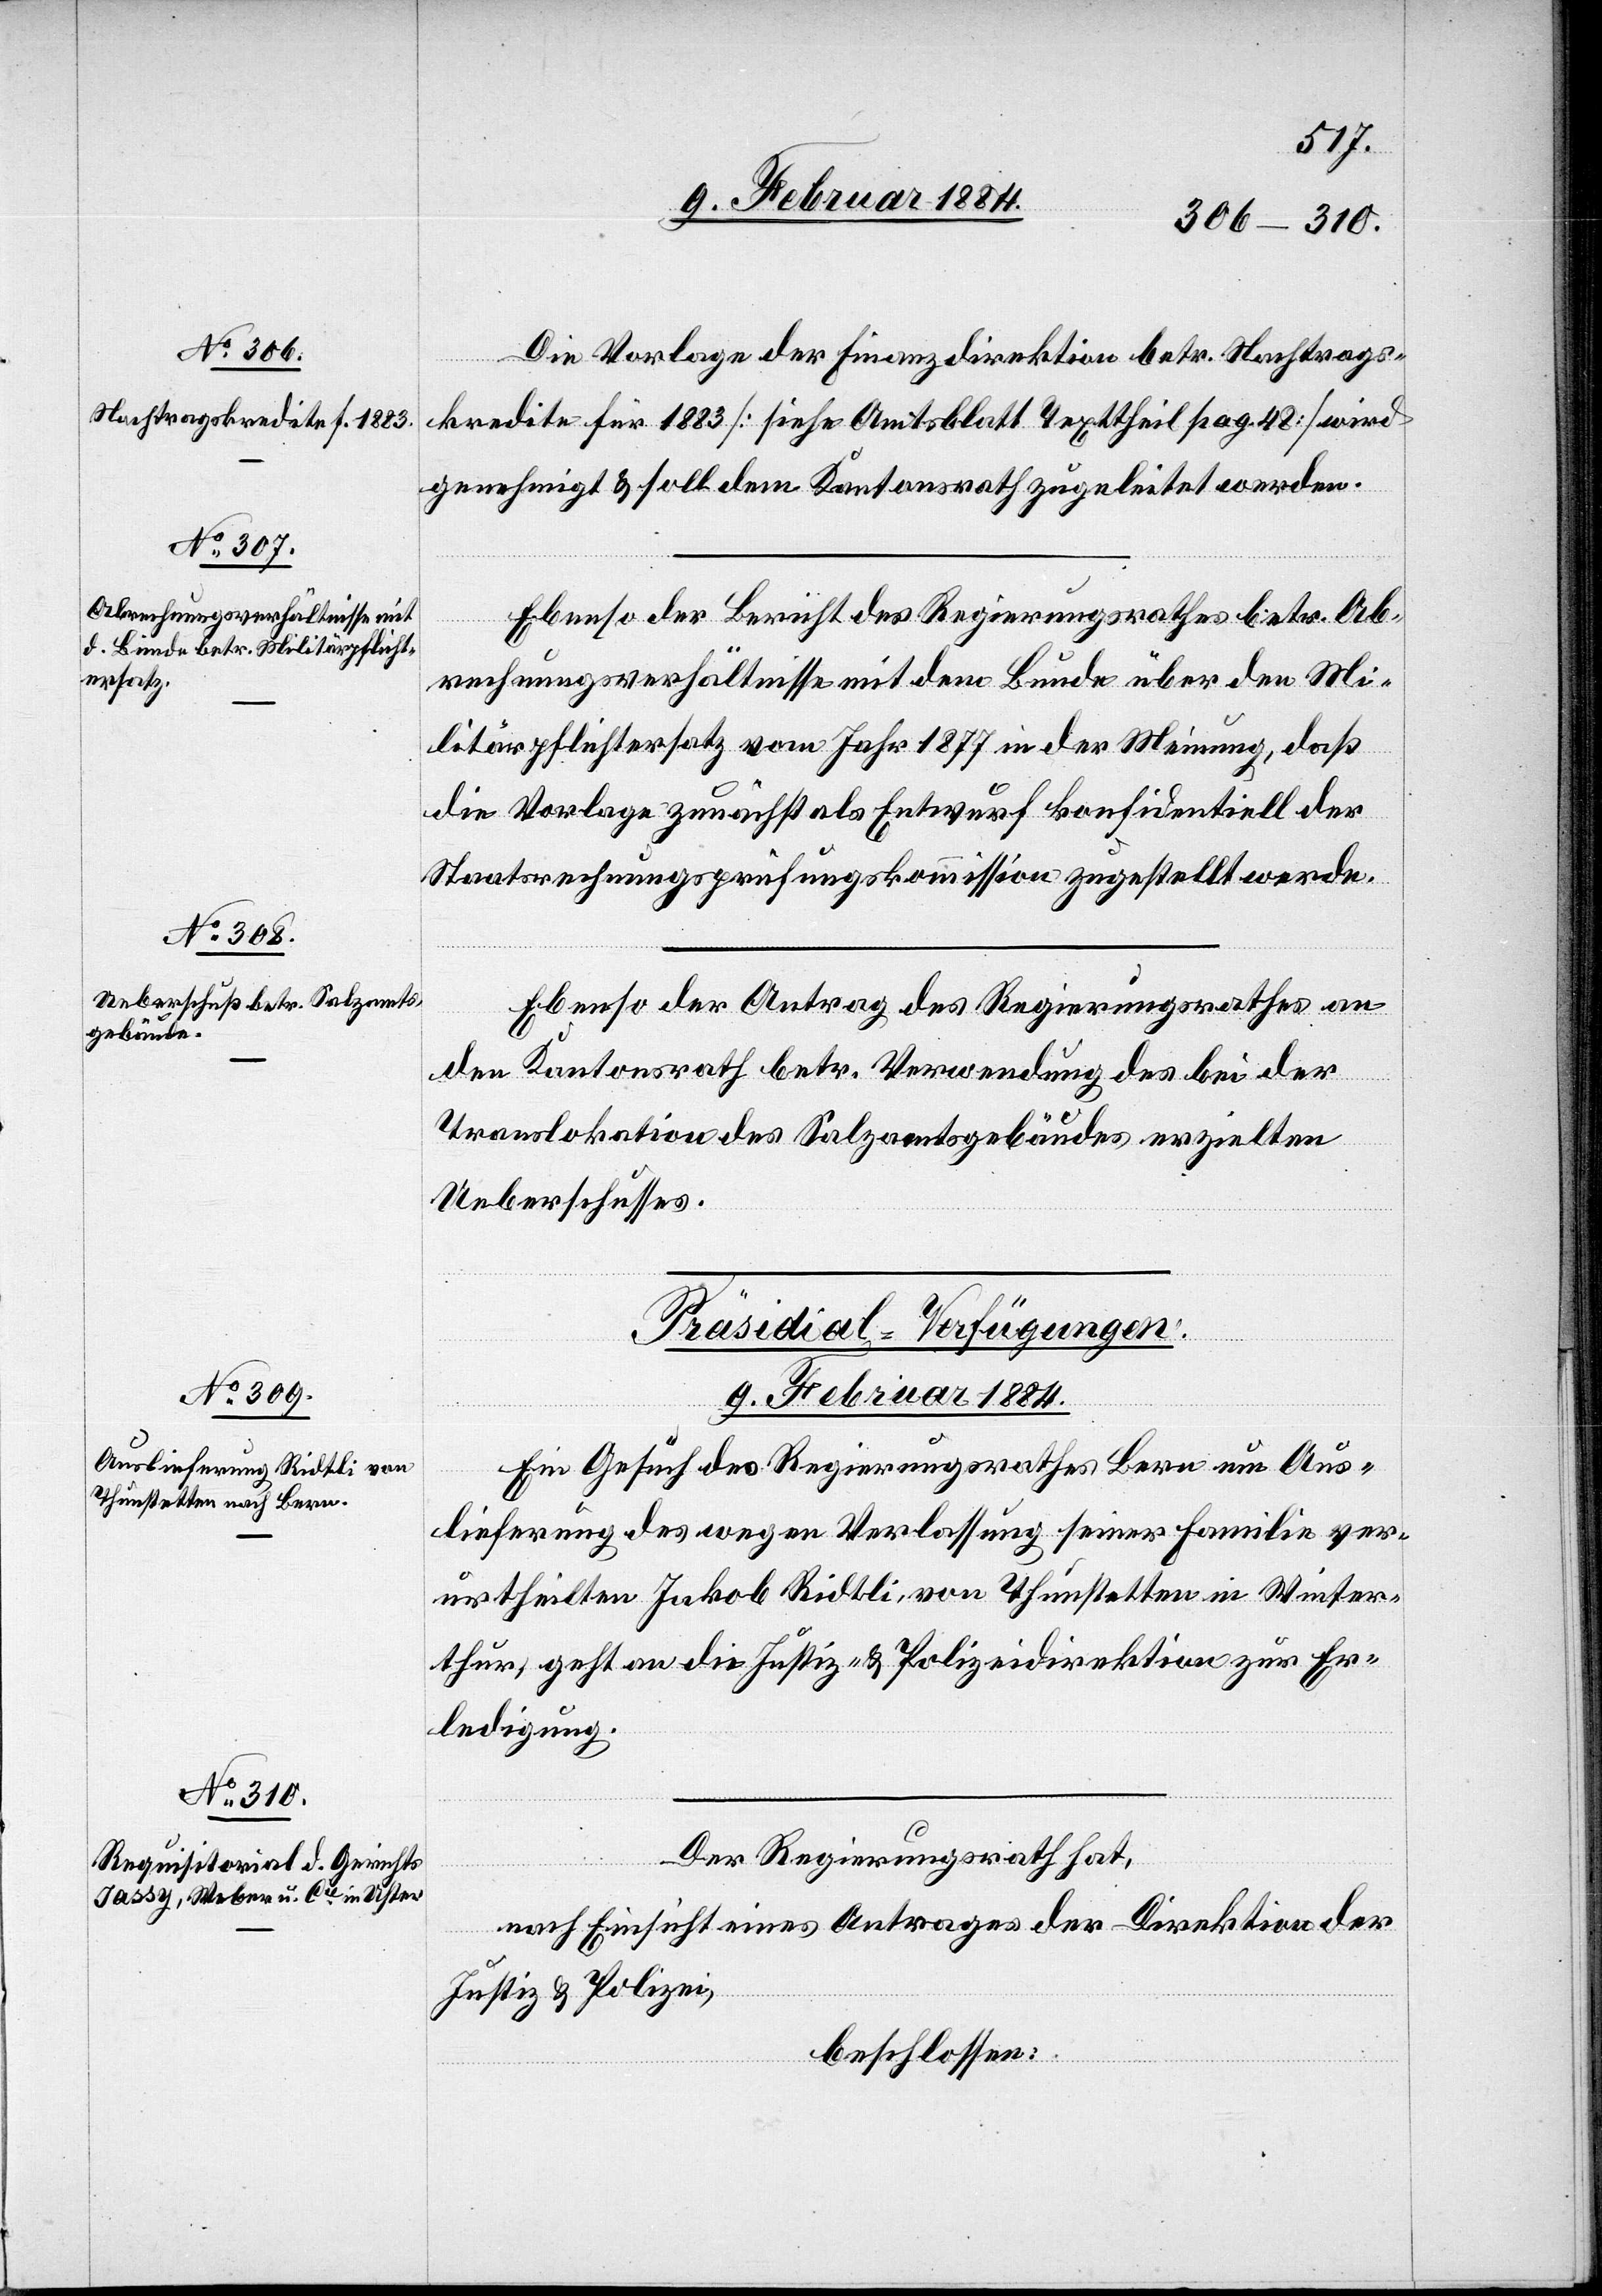
Die Vorlage der Finanzdirektion betr. Nachtrags¬
kredite für 1883 [siehe Amtsblatt Texttheil pag. 48] wird
genehmigt & soll dem Kantonsrath zugeleitet werden.
Ebenso der Bericht des Regierungsrathes betr. Ab¬
rechnungsverhältnisse mit dem Bunde über den Mi¬
litärpflichtersatz vom Jahr 1877 in der Meinung, daß
die Vorlage zunächst als Entwurf konfidentiell der
Staatsrechnungsprüfungskommission zugestellt werde.
Ebenso der Antrag des Regierungsrathes an
den Kantonsrath betr. Verwendung des bei der
Translokation des Salzgebäudes erzielten
Ueberschusses.
[Präsidial-Verfügungen
9. Februar 1884.]
Ein Gesuch des Regierungsrathes Bern um Aus¬
lieferung des wegen Verlassung seiner Familie ver¬
urtheilten Jakob Riedtli von Thunstetten in Winter¬
thur, geht an die Justiz- & Polizeidirektion zur Er¬
ledigung.
Der Regierungsrath hat,
nach Einsicht eines Antrages der Direktion der
Justiz & Polizei,
beschlossen: